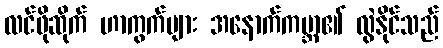
လင်ဖိုဆိုက် ဟာကွက်များ အနောက်ကမ္ဘာ၏ လွဲနိုင်သည်